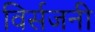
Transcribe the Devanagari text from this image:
विर्सजनी